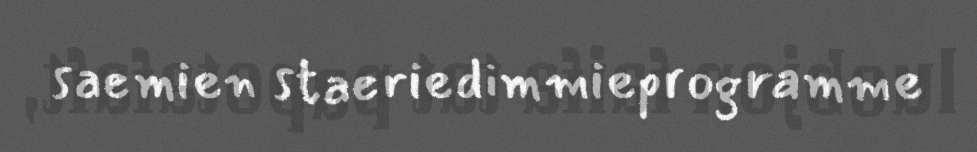
saemien staeriedimmieprogramme